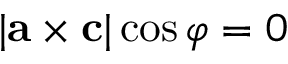
| { \bf { a } } \times { \bf { c } } | \cos \varphi = 0